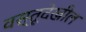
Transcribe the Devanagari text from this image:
वस्तूदेखील